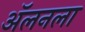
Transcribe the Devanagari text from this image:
अॅलनला